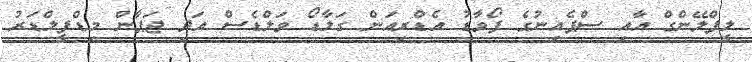
ލީފްލޭންގް އާއި ސްޕެއިނުގެ ފޯވާޑު އެޑްރިއަން ގަލާޑޯ ވަލްޑެސް އަދި ޖަޕާން މިޑްފީލްޑަރު